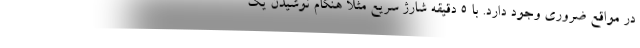
در مواقع ضروری وجود دارد. با 5 دقیقه شارژ سریع مثلا هنگام نوشیدن یک